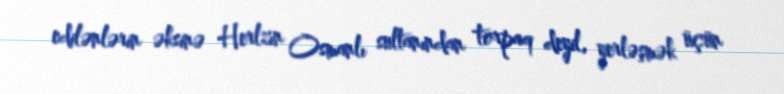
edilənlərin əksinə Herlzın Osmanlı sultanından torpaq deyil, yerləşmək üçün